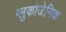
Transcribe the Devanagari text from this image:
ग्लुकोजेनिक